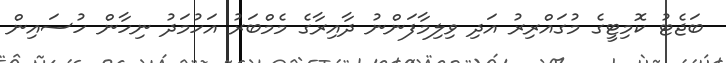
ބަޖެޓު ކޮމިޓީގެ މުގައްރިރު އަދި ވިލިމާފަންނު ދާއިރާގެ މެމްބަރު އަހުމަދު ނިހާން ހުސައިން